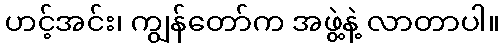
ဟင့်အင်း၊ ကျွန်တော်က အဖွဲ့နဲ့ လာတာပါ။